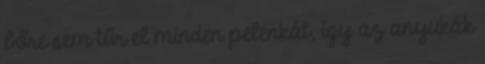
bőre sem tűr el minden pelenkát, így az anyukák